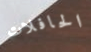
الحافلات